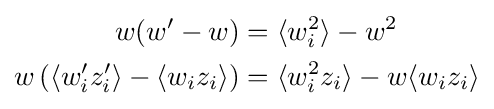
{\begin{aligned}w(w'-w)&=\langle w_{i}^{2}\rangle -w^{2}\\w\left(\langle w'_{i}z'_{i}\rangle -\langle w_{i}z_{i}\rangle \right)&=\langle w_{i}^{2}z_{i}\rangle -w\langle w_{i}z_{i}\rangle \end{aligned}}